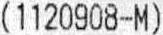
(1120908-M)